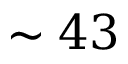
\sim 4 3